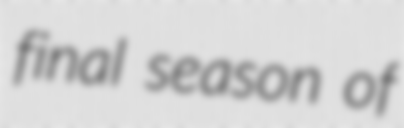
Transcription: final season of